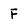
Character: F